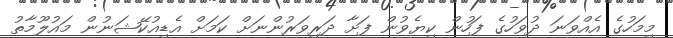
މިމަހުގެ އެއްވަނަ ދުވަހުގެ ފަހުން ކިޔެވުން ފަށާ ދަރިވަރުންނަށް ކަމަށް އެޑިއުކޭޝަނުން މައުލޫމާތު